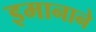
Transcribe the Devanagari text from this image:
इमानाने